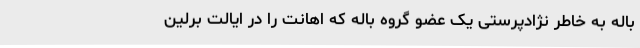
باله به خاطر نژادپرستی یک عضو گروه باله که اهانت را در ایالت برلین